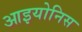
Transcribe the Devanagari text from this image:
आइयोनिस